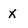
Character: x